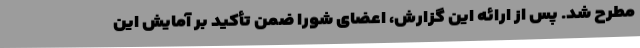
مطرح شد. پس از ارائه این گزارش، اعضای شورا ضمن تأکید بر آمایش این